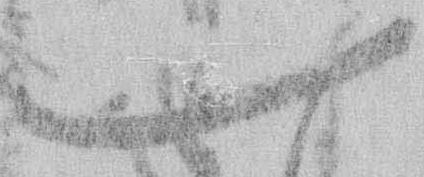
一